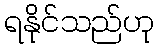
ရနိုင်သည်ဟု